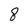
Character: 8